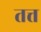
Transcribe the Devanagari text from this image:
तत्त